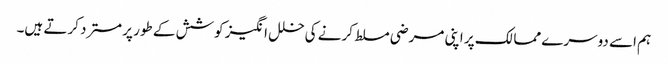
ہم اسے دوسرے ممالک پر اپنی مرضی مسلط کرنے کی خلل انگیز کوشش کے طور پر مسترد کرتے ہیں۔